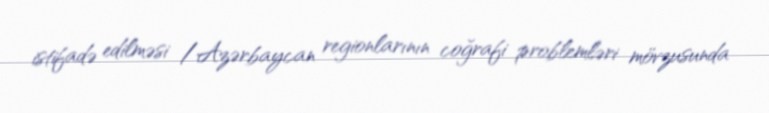
istifadə edilməsi /Azərbaycan regionlarının coğrafi problemləri mövzusunda